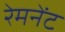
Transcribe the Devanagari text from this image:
रेमनेंट